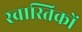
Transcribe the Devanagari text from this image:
स्वास्तिकों